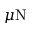
\mu \mathrm { N }